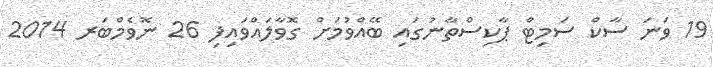
19 ވަނަ ސާކް ސަމިޓް ޕާކިސްތާނުގައި ބޭއްވުމަށް ގޮވާލައްވައިފި 26 ނޮވެމްބަރ 2014